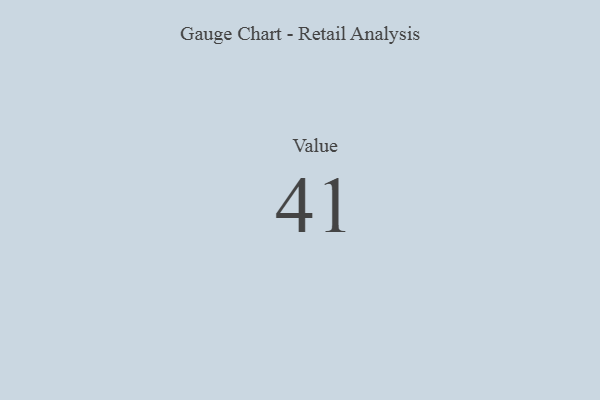
{"axis": {"x": "Metric", "y": "Value"}, "legend": [""], "data": [{"x": "Value", "y": 41, "type": ""}]}